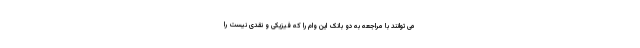
می توانند با مراجعه به دو بانک این وام را که فیزیکی و نقدی نیست را